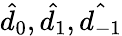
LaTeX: \hat{d}_{0},\hat{d_{1}},\hat{d_{-1}}